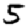
Digit: 5